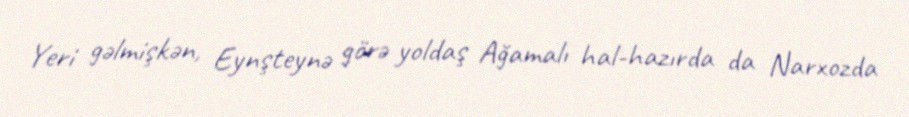
Yeri gəlmişkən, Eynşteynə görə yoldaş Ağamalı hal-hazırda da Narxozda